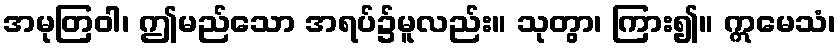
အမုတြဝါ၊ ဤမည်သော အရပ်၌မူလည်း။ သုတွာ၊ ကြား၍။ ဣမေသံ၊